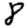
Digit: 8